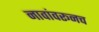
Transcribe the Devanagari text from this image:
नावांवरूनच